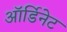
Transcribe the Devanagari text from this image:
ऑर्डिनेट